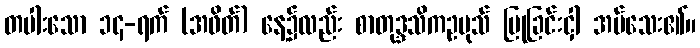
တပါးသော ၁၄-ရက် (အဖိတ်) နေ့၌လည်း စာတုဒ္ဒသိကဥပုသ် ပြုခြင်းငှါ အပ်သေး၏။